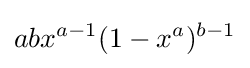
abx^{a-1}(1-x^{a})^{b-1}